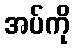
အပ်ကို